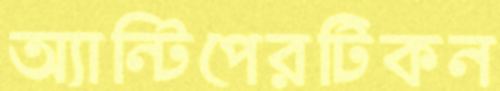
অ্যান্টিপেরটিকন